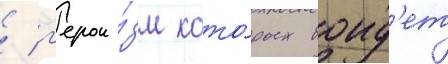
/ г'ерои́зм кото́рых воид'ет